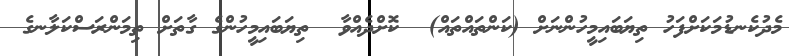
މެދުކެނޑުމަކަށްފަހު ތިޔަބައިމީހުންނަށް (ކަންތައްތައް)  ކޮށްދެއްވާ  ތިޔަބައިމީހުންގެ ގާތަށް ތިމަންރަސްކަލާނގެ